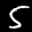
Label: 5